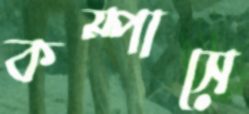
কম্পাসে